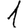
Digit: 1